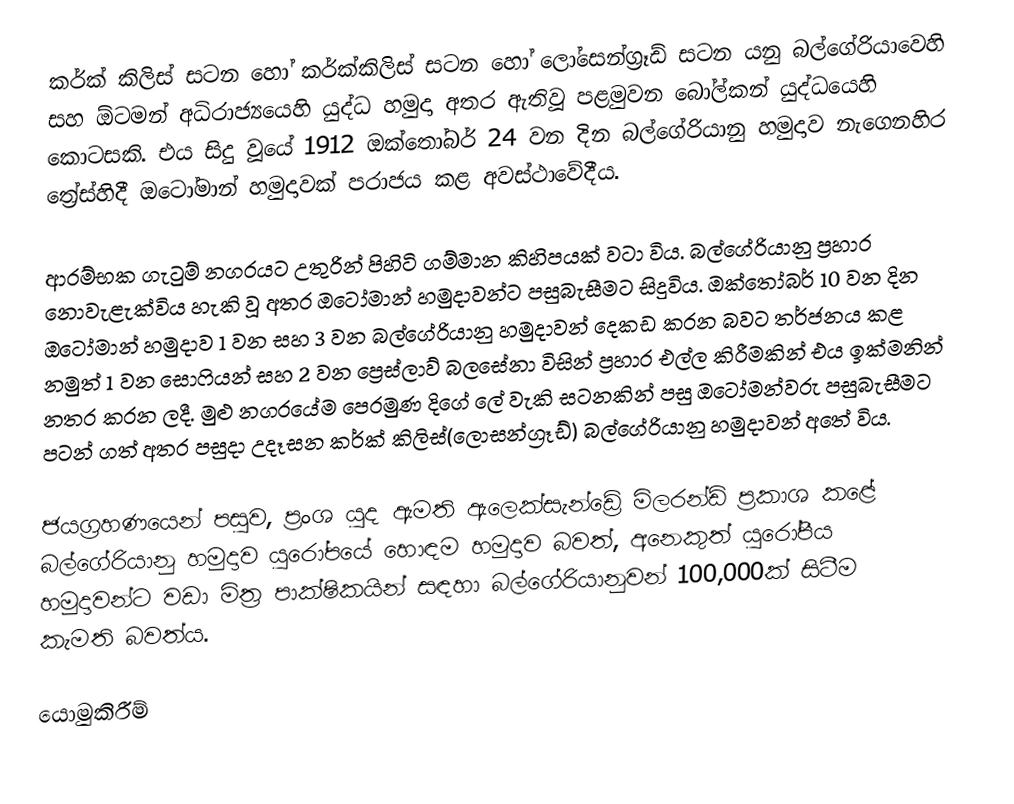
කර්ක් කිලිස් සටන හෝ කර්ක්කිලිස් සටන හෝ ලෝසෙන්ග්‍රෑඩ් සටන යනු බල්ගේරියාවෙහි සහ ඕටමන් අධිරාජ්‍යයෙහි යුද්ධ හමුදා අතර ඇතිවූ පළමුවන බෝල්කන් යුද්ධයෙහි කොටසකි. එය සිදු වූයේ 1912 ඔක්තෝබර් 24 වන දින බල්ගේරියානු හමුදාව නැගෙනහිර ත්‍රේස්හිදී ඔටෝමාන් හමුදාවක් පරාජය කළ අවස්ථාවේදීය.

ආරම්භක ගැටුම් නගරයට උතුරින් පිහිටි ගම්මාන කිහිපයක් වටා විය. බල්ගේරියානු ප්‍රහාර නොවැළැක්විය හැකි වූ අතර ඔටෝමාන් හමුදාවන්ට පසුබැසීමට සිදුවිය. ඔක්තෝබර් 10 වන දින ඔටෝමාන් හමුදාව 1 වන සහ 3 වන බල්ගේරියානු හමුදාවන් දෙකඩ කරන බවට තර්ජනය කළ නමුත් 1 වන සොෆියන් සහ 2 වන ප්‍රෙස්ලාව් බලසේනා විසින් ප්‍රහාර එල්ල කිරීමකින් එය ඉක්මනින් නතර කරන ලදී. මුළු නගරයේම පෙරමුණ දිගේ ලේ වැකි සටනකින් පසු ඔටෝමන්වරු පසුබැසීමට පටන් ගත් අතර පසුදා උදෑසන කර්ක් කිලිස්(ලොසන්ග්‍රෑඩ්) බල්ගේරියානු හමුදාවන් අතේ විය.

ජයග්‍රහණයෙන් පසුව, ප්‍රංශ යුද ඇමති ඇලෙක්සැන්ඩ්‍රේ මිලරන්ඩ් ප්‍රකාශ කළේ බල්ගේරියානු හමුදාව යුරෝපයේ හොඳම හමුදාව බවත්, අනෙකුත් යුරෝපීය හමුදාවන්ට වඩා මිත්‍ර පාක්ෂිකයින් සඳහා බල්ගේරියානුවන් 100,000ක් සිටීම කැමති බවත්ය.

යොමුකිරීම්